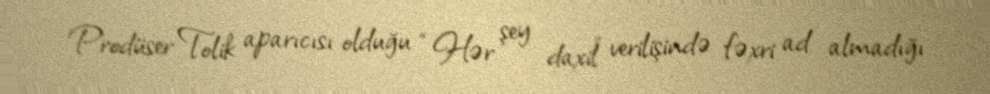
Prodüser Tolik aparıcısı olduğu “Hər şey daxil” verilişində fəxri ad almadığı